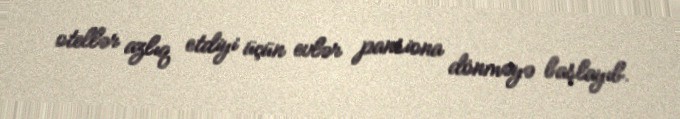
otellər azlıq etdiyi üçün evlər pansiona dönməyə başlayıb.